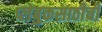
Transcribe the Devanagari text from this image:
प्लेबुकसाठीची